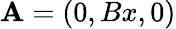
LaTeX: \textbf{A}=(0,Bx,0)